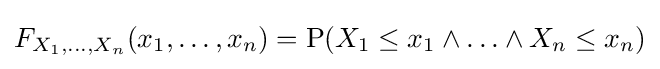
F_{X_{1},\ldots ,X_{n}}(x_{1},\ldots ,x_{n})=\operatorname {P} (X_{1}\leq x_{1}\land \ldots \land X_{n}\leq x_{n})